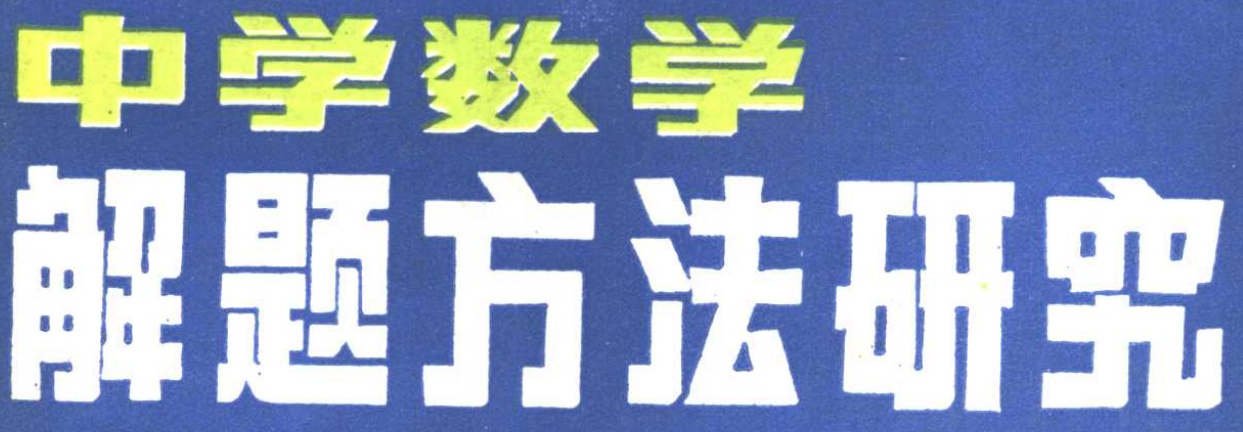
中学数学
解题方法研究